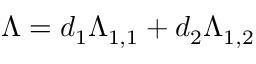
\Lambda = d _ { 1 } \Lambda _ { 1 , 1 } + d _ { 2 } \Lambda _ { 1 , 2 }